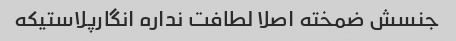
جنسش ضمخته اصلا لطافت نداره انگارپلاستیکه